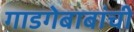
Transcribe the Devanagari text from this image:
गाडगेबाबांची